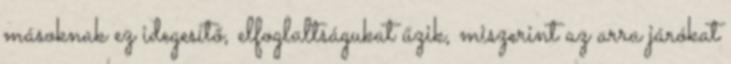
másoknak ez idegesítő, elfoglaltságukat űzik, miszerint az arra járókat